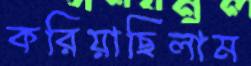
করিয়াছিলাম